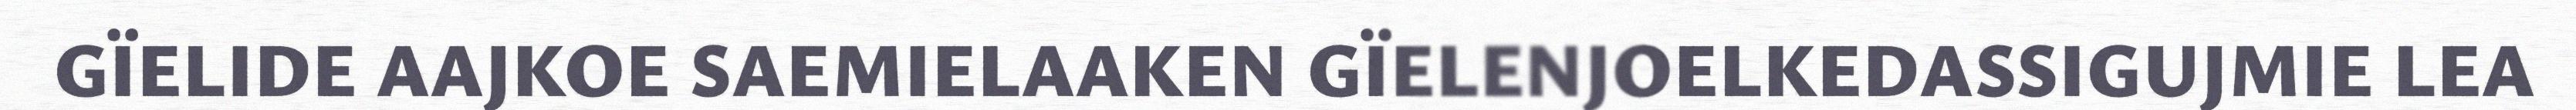
GÏELIDE AAJKOE SAEMIELAAKEN GÏELENJOELKEDASSIGUJMIE LEA